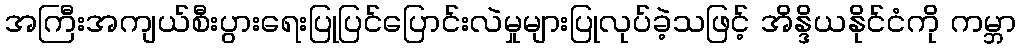
အကြီးအကျယ်စီးပွားရေးပြုပြင်ပြောင်းလဲမှုများပြုလုပ်ခဲ့သဖြင့် အိန္ဒိယနိုင်ငံကို ကမ္ဘာ